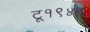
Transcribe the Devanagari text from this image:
टू१९४९